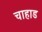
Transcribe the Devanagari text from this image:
चाहाड